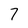
Character: 7